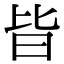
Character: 𣅜